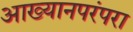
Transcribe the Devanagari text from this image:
आख्यानपरंपरा